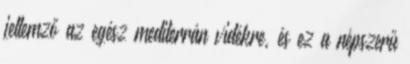
jellemző az egész mediterrán vidékre, és ez a népszerű